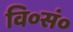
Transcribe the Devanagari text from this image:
वि०सं०